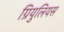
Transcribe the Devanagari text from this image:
ग्रियुलियस